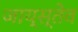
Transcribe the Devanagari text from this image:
जाय्स्तेव